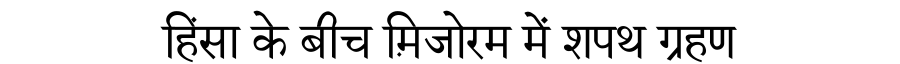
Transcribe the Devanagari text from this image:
हिंसा के बीच म़िजोरम में शपथ ग्रहण